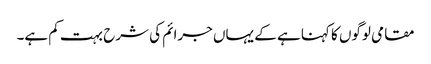
مقامی لوگوں کا کہنا ہے کے یہاں جرائم کی شرح بہت کم ہے۔